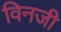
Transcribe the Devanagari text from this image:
विनजी